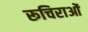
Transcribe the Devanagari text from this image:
रूचिराओं